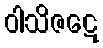
ဝါသိဇဋေ